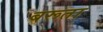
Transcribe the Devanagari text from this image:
बरूता